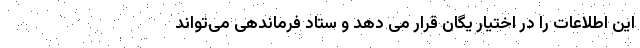
این اطلاعات را در اختیار یگان قرار می دهد و ستاد فرماندهی می‌تواند